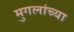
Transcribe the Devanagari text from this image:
मुगलांच्या